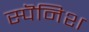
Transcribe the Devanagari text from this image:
स्पॆनिश